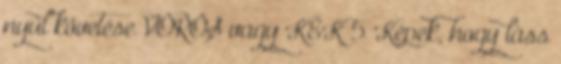
nyúl követése VÖRÖS vagy KÉK 5 Képek, hogy láss